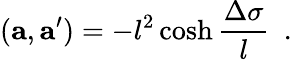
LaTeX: ({\mathbf a},{\mathbf a^{\prime}})=-l^{2}\cosh{\frac{\Delta\sigma}{l}}~~.